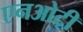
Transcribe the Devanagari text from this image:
एनओटी